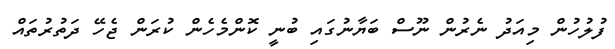
ފުލުހުން މިއަދު ނެރުން ނޫސް ބަޔާނުގައި ބުނީ ކޮންމެހެން ކުރަން ޖެހޭ ދަތުރުތައް